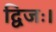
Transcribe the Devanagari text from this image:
द्विजः।